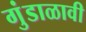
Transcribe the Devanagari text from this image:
गुंडाळावी